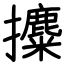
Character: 攗